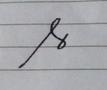
Signature authenticity: forged